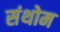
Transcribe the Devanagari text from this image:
संथोम